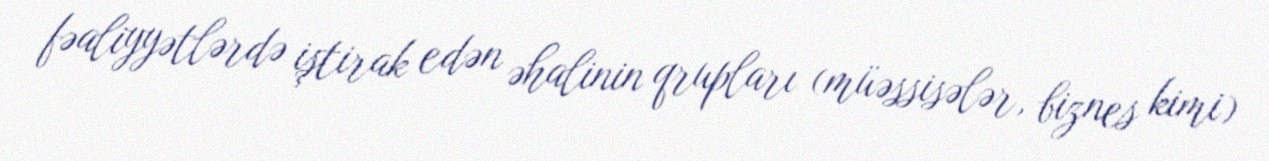
fəaliyyətlərdə iştirak edən əhalinin qrupları (müəssisələr, biznes kimi)